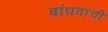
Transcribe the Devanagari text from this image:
बांधवांचीे